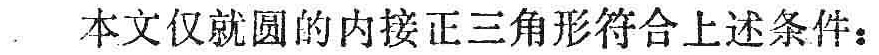
本文仅就圆的内接正三角形符合上述条件：